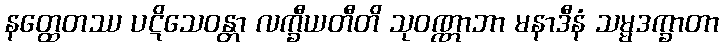
နတ္ထေတဿ ပဋိသေဝန္တာ လက္ခီယတီတိ သုဝဏ္ဏာဘာ မနာဒီနံ သမ္မဒက္ခာတာ